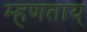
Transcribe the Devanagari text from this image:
म्हणताय्